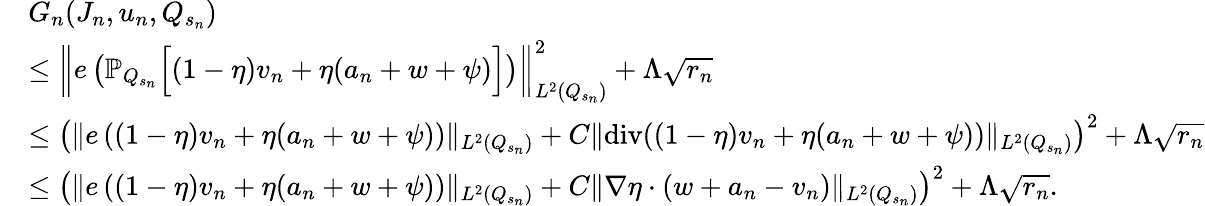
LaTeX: \begin{array}{rl}&{G_{n}(J_{n},u_{n},Q_{s_{n}})}\\ &{\leq\left\Vert e\left(\mathbb{P}_{Q_{s_{n}}}\Big[(1-\eta)v_{n}+\eta(a_{n}+w+\psi)\Big]\right)\right\Vert_{L^{2}(Q_{s_{n}})}^{2}+\Lambda\sqrt{r_{n}}}\\ &{\leq\left(\Vert e\left((1-\eta)v_{n}+\eta(a_{n}+w+\psi)\right)\Vert_{L^{2}(Q_{s_{n}})}+C\Vert\mathrm{div}((1-\eta)v_{n}+\eta(a_{n}+w+\psi))\Vert_{L^{2}(Q_{s_{n}})}\right)^{2}+\Lambda\sqrt{r_{n}}}\\ &{\leq\left(\Vert e\left((1-\eta)v_{n}+\eta(a_{n}+w+\psi)\right)\Vert_{L^{2}(Q_{s_{n}})}+C\Vert\nabla\eta\cdot(w+a_{n}-v_{n})\Vert_{L^{2}(Q_{s_{n}})}\right)^{2}+\Lambda\sqrt{r_{n}}.}\end{array}